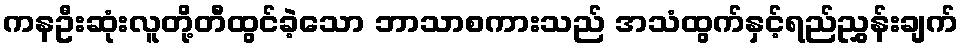
ကနဦးဆုံးလူတို့တီထွင်ခဲ့သော ဘာသာစကားသည် အသံထွက်နှင့်ရည်ညွှန်းချက်